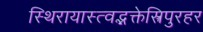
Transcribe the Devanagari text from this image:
स्थिरायास्त्वद्भक्तेस्त्रिपुरहर